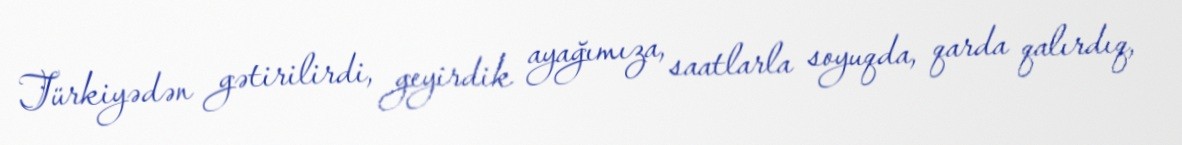
Türkiyədən gətirilirdi, geyirdik ayağımıza, saatlarla soyuqda, qarda qalırdıq,